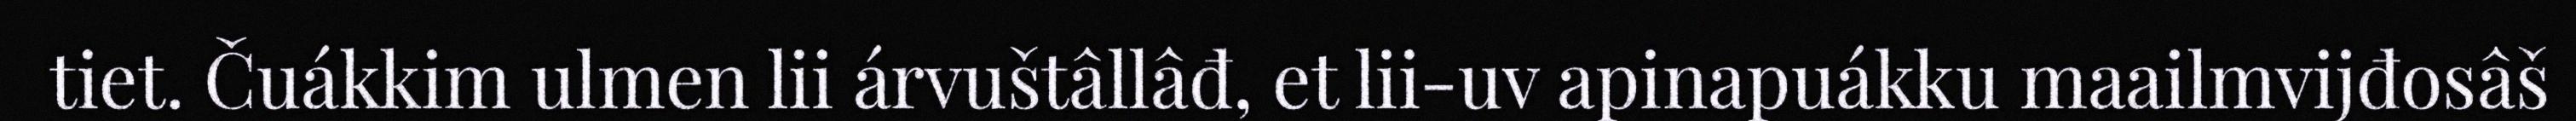
tiet. Čuákkim ulmen lii árvuštâllâđ, et lii-uv apinapuákku maailmvijđosâš